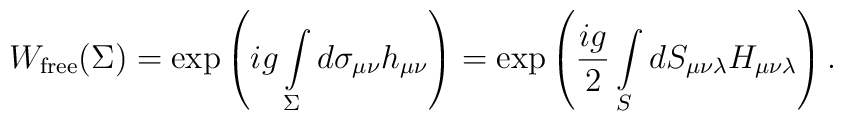
W_{\rm free}(\Sigma)=\exp\left(ig\int\limits_{\Sigma}^{}d\sigma_{\mu\nu}h_{\mu\nu}\right)=\exp\left(\frac{ig}{2}\int\limits_{S}^{} dS_{\mu\nu\lambda}H_{\mu\nu\lambda}\right).